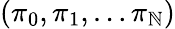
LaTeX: (\pi_{0},\pi_{1},\ldots\pi_{\mathbb{N}})